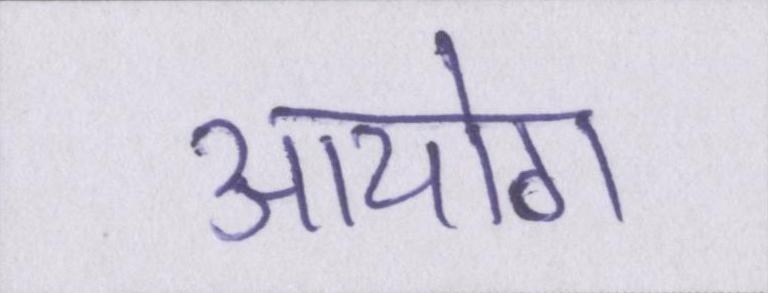
आयोग